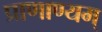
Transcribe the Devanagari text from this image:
प्राणाण्यम्